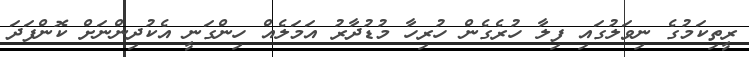
ރީތިކަމުގެ ނިވަލުގައި ފިލާ ހުރެގެން ހުރިހާ މުޑުދާރު އަމަލެއް ހިންގަނީ އެކުދިންނަށް ކޮންފަދަ